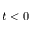
t < 0